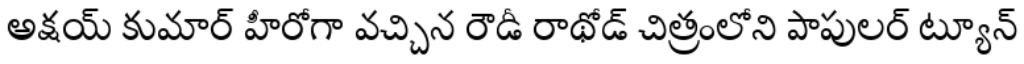
అక్షయ్ కుమార్ హీరోగా వచ్చిన రౌడీ రాథోడ్ చిత్రంలోని పాపులర్ ట్యూన్